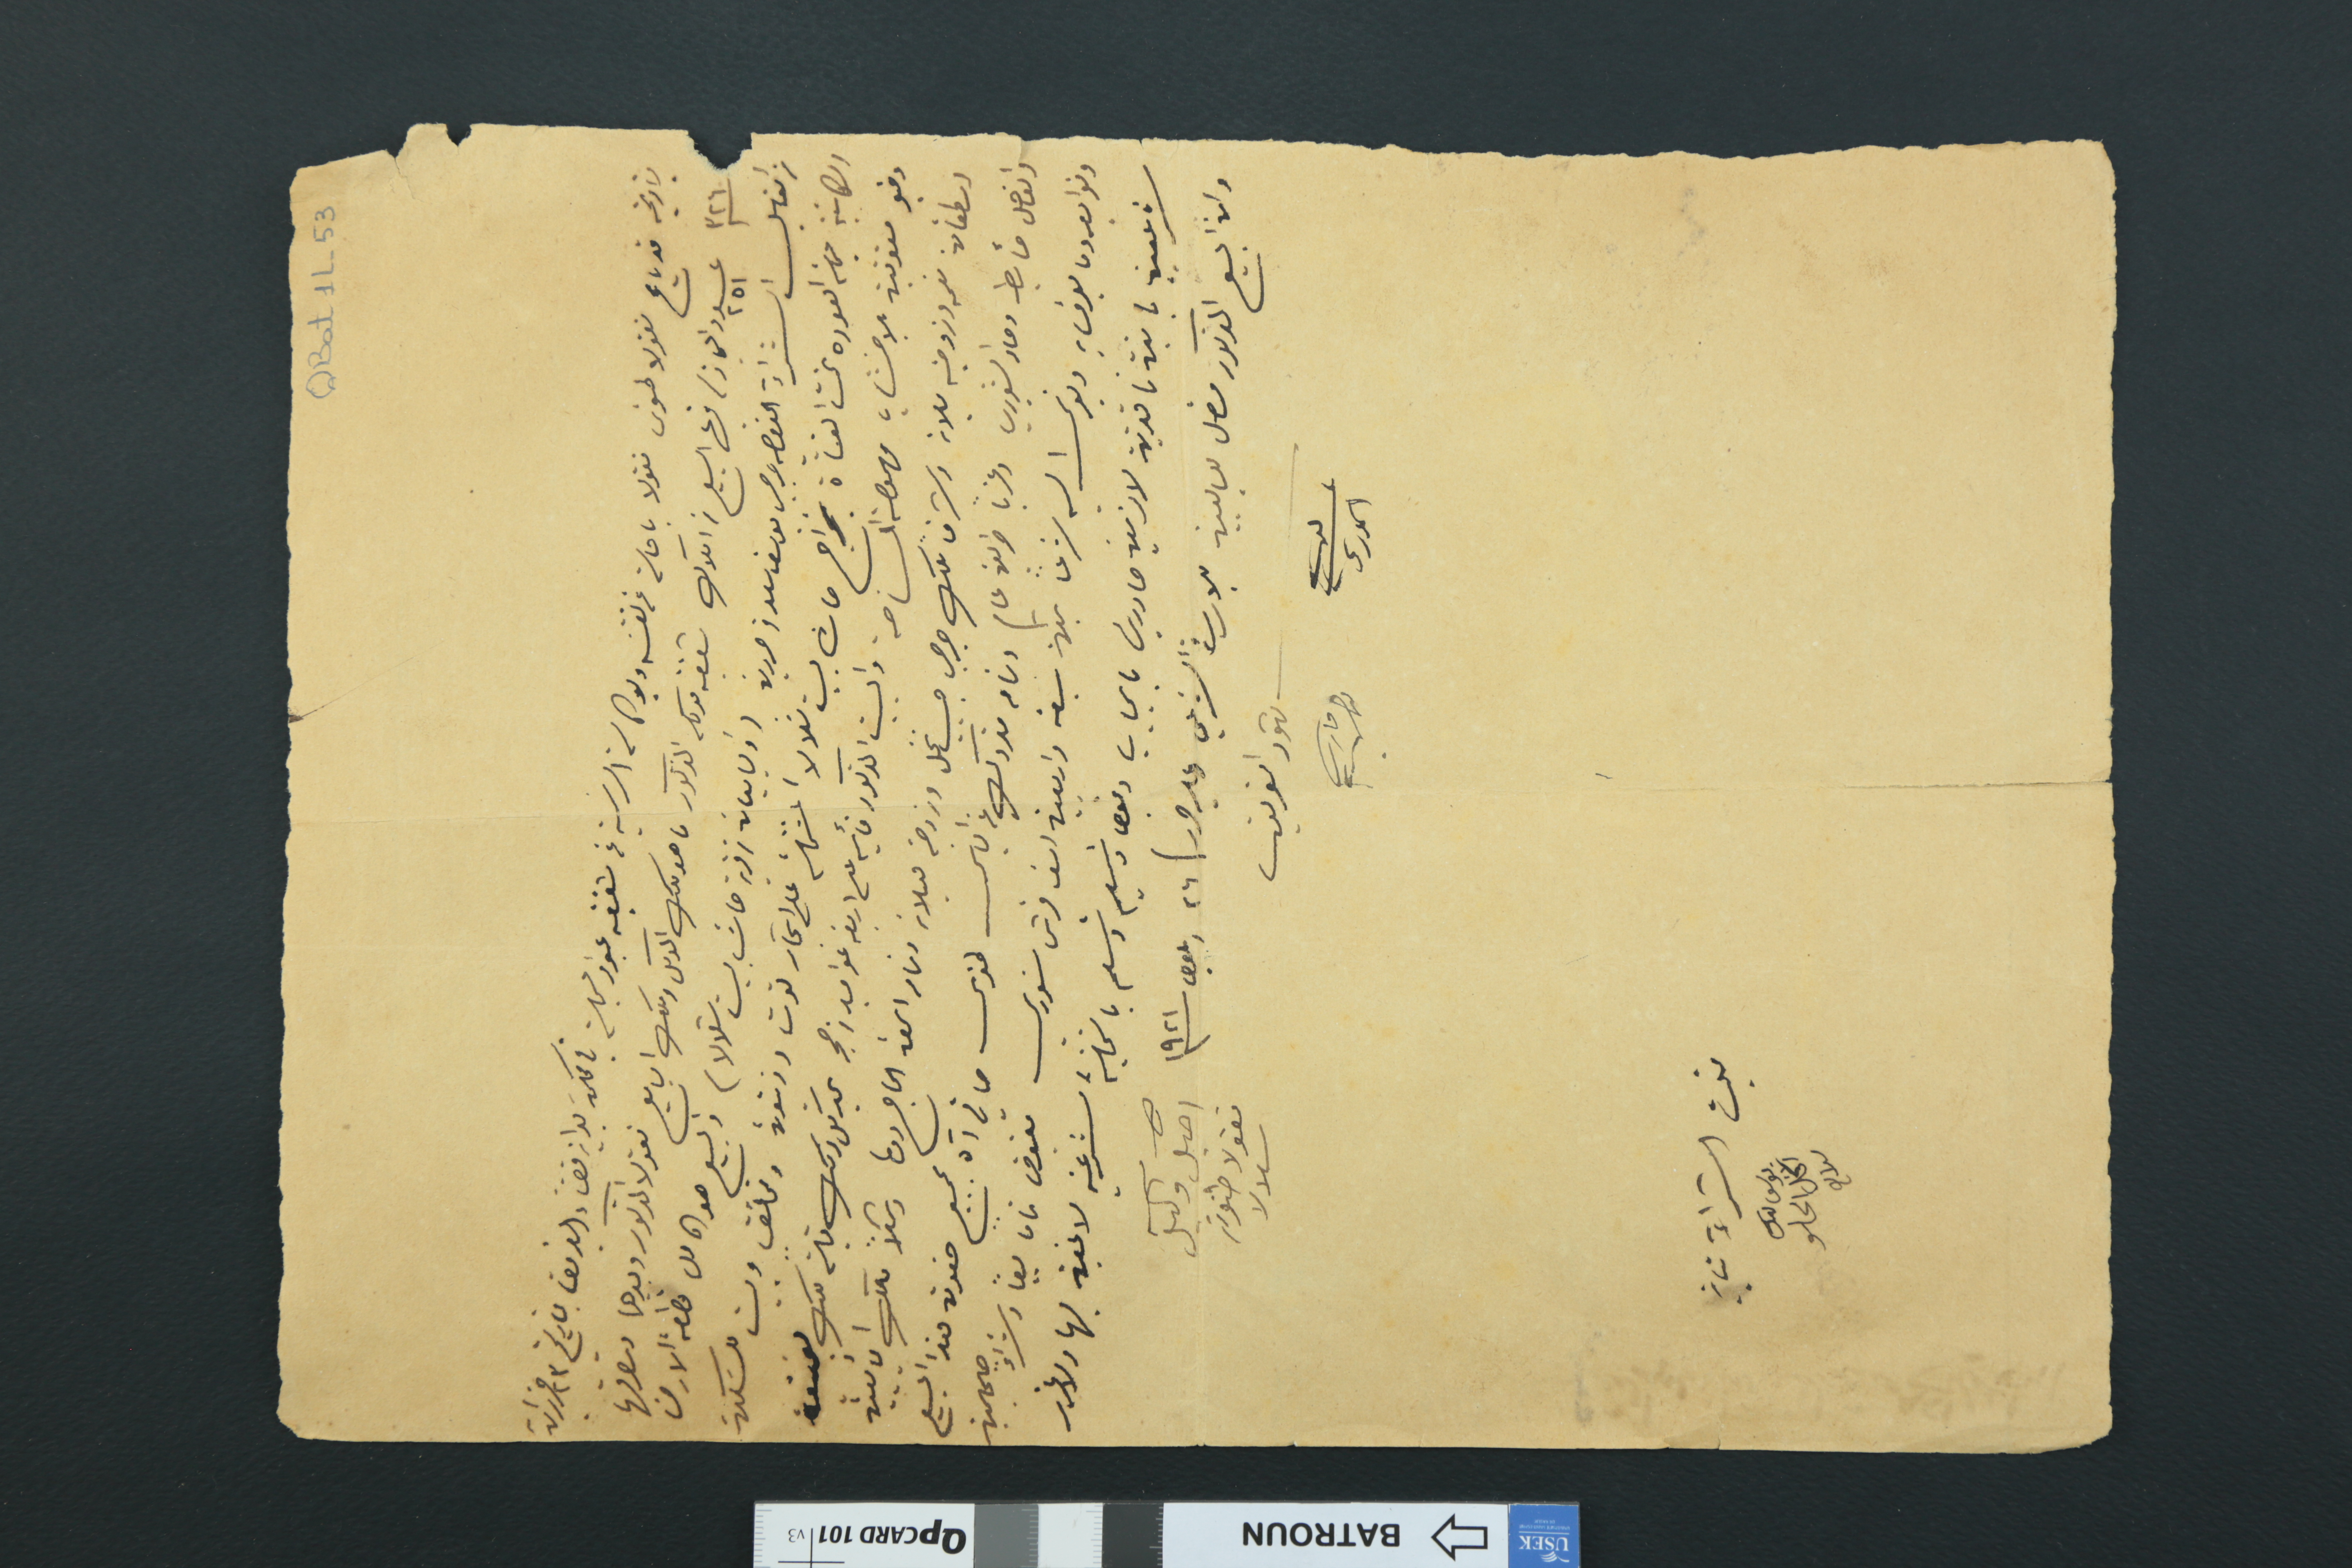
QBat1L-53
بتاريخه قد باع نقولا طنوس نقولا باحالة عن نفسَه وبوكالته الرسمية عن شقيقه عبود مسجلة في محكمة بداية قضاء الفريق بتاريخ ٢٣ حزيران
سنة ٣٢٦ عدد ٢٥١ ايجاز / فيها البيع من املاك شقيقه موكله المذكور ما هو ملك الوكيل وملك البايع نقولا المذكور وبيدهما وتصرفهما
من القابل الشراء النعصه جرجس يوسف سعد من حردين (والبايعان من قرية حاش بيت شالالا) والبيع هو كامل قطعة الارض
الكائنة في العودة تحت القناة بخراج حاش بيت شلالا المشتملة على اشجار توت وزيتون ومختلف وبيت للسَكن
وقبو مسقوفين بالاخشاب مهمولة المساحة والبيت المذكور قأئيم على اربعة عواميد من حجر يحد كل ذلك قبلة ملك يوسف
اسطفان نعمه وزوجته بلانه وشرقاً ملك جرجس حبيب نخل وزوجته ميلانه وتمام العقد الحاج دوما وشمالاً ملك الاثنين البايعين
والفاصل حأيط وماء الشويري وغرباً طريق عام وتمامه متروك عن الياس طنوس صافي آل بجميع حقوق هذا البيع
وتوابعه وما يعرف به ويوكل اليه شرعاً بثمن سبعة واربعين الف قرش سَوري مقبوض تماماً بيعاً وشراءً صحيحين
شرعيين باتين نافذين لازمين صادرين بايجاب وقبض وتسليم وتسلم بالتخلية الشرعية لا غبن بها ولا غرر
شهود الفريقين اميل وكيل نقولا طنوس شلالا
لبيب الخوري 	فارس

وان البيع المذكور فصل للبايعين بالإرث الشرعي وعليه حرر / ٢٦ ايلول سنة ١٩٢١